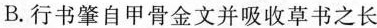
B.行书肇自甲骨金文并吸收草书之长